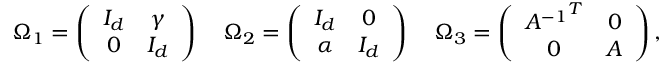
\Omega _ { 1 } = \left( \begin{array} { c c } { { I _ { d } } } & { { \gamma } } \\ { { 0 } } & { { I _ { d } } } \end{array} \right) \quad \Omega _ { 2 } = \left( \begin{array} { c c } { { I _ { d } } } & { { 0 } } \\ { { \alpha } } & { { I _ { d } } } \end{array} \right) \quad \Omega _ { 3 } = \left( \begin{array} { c c } { { { A ^ { - 1 } } ^ { T } } } & { { 0 } } \\ { { 0 } } & { { A } } \end{array} \right) ,